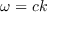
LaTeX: \omega _ { } ^ { } = c k